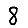
Digit: 8